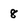
Character: 8